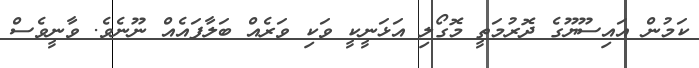
ކަމުން އައިސޫޔޫގެ ދޮރުމަތީ މޮގޯލި އަޅަނީކީ ވަކި ވަރެއް ބަލާފައެއް ނޫނެވެ. ވާނީވެސް